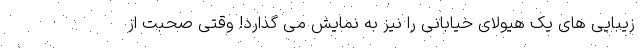
زیبایی های یک هیولای خیابانی را نیز به نمایش می گذارد! وقتی صحبت از